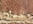
قريه